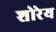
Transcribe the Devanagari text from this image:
शोरेय